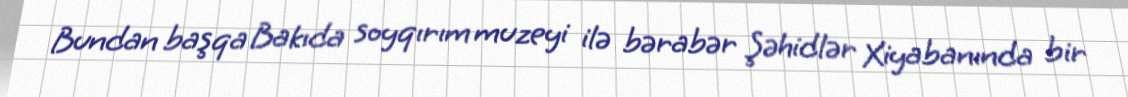
Bundan başqa Bakıda soyqırım muzeyi ilə bərabər Şəhidlər Xiyabanında bir